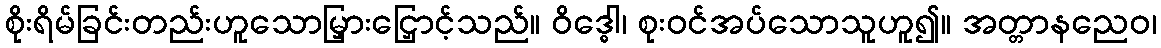
စိုးရိမ်ခြင်းတည်းဟူသောမြှားငြှောင့်သည်။ ဝိဒ္ဓေါ၊ စုးဝင်အပ်သောသူဟူ၍။ အတ္တာနညေဝ၊